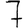
Digit: 7